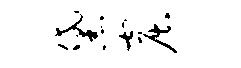
黛窟